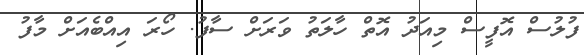
ފުލުސް އޮފީސް މިއަދު އޮތް ހާލަތު ވަރަށް ސާފު. ހޯރަ އިއްބެއަށް މާފު